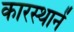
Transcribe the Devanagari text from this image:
कारस्थानें